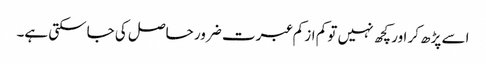
اسے پڑھ کر اور کچھ نہیں تو کم از کم عبرت ضرور حاصل کی جاسکتی ہے۔